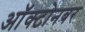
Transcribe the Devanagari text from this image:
ऑक्टोनबर